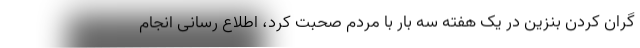
گران کردن بنزین در یک هفته سه بار با مردم صحبت کرد، اطلاع رسانی انجام